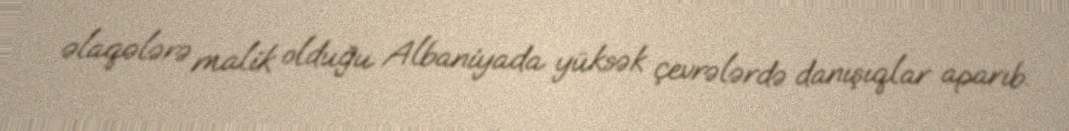
əlaqələrə malik olduğu Albaniyada yüksək çevrələrdə danışıqlar aparıb.